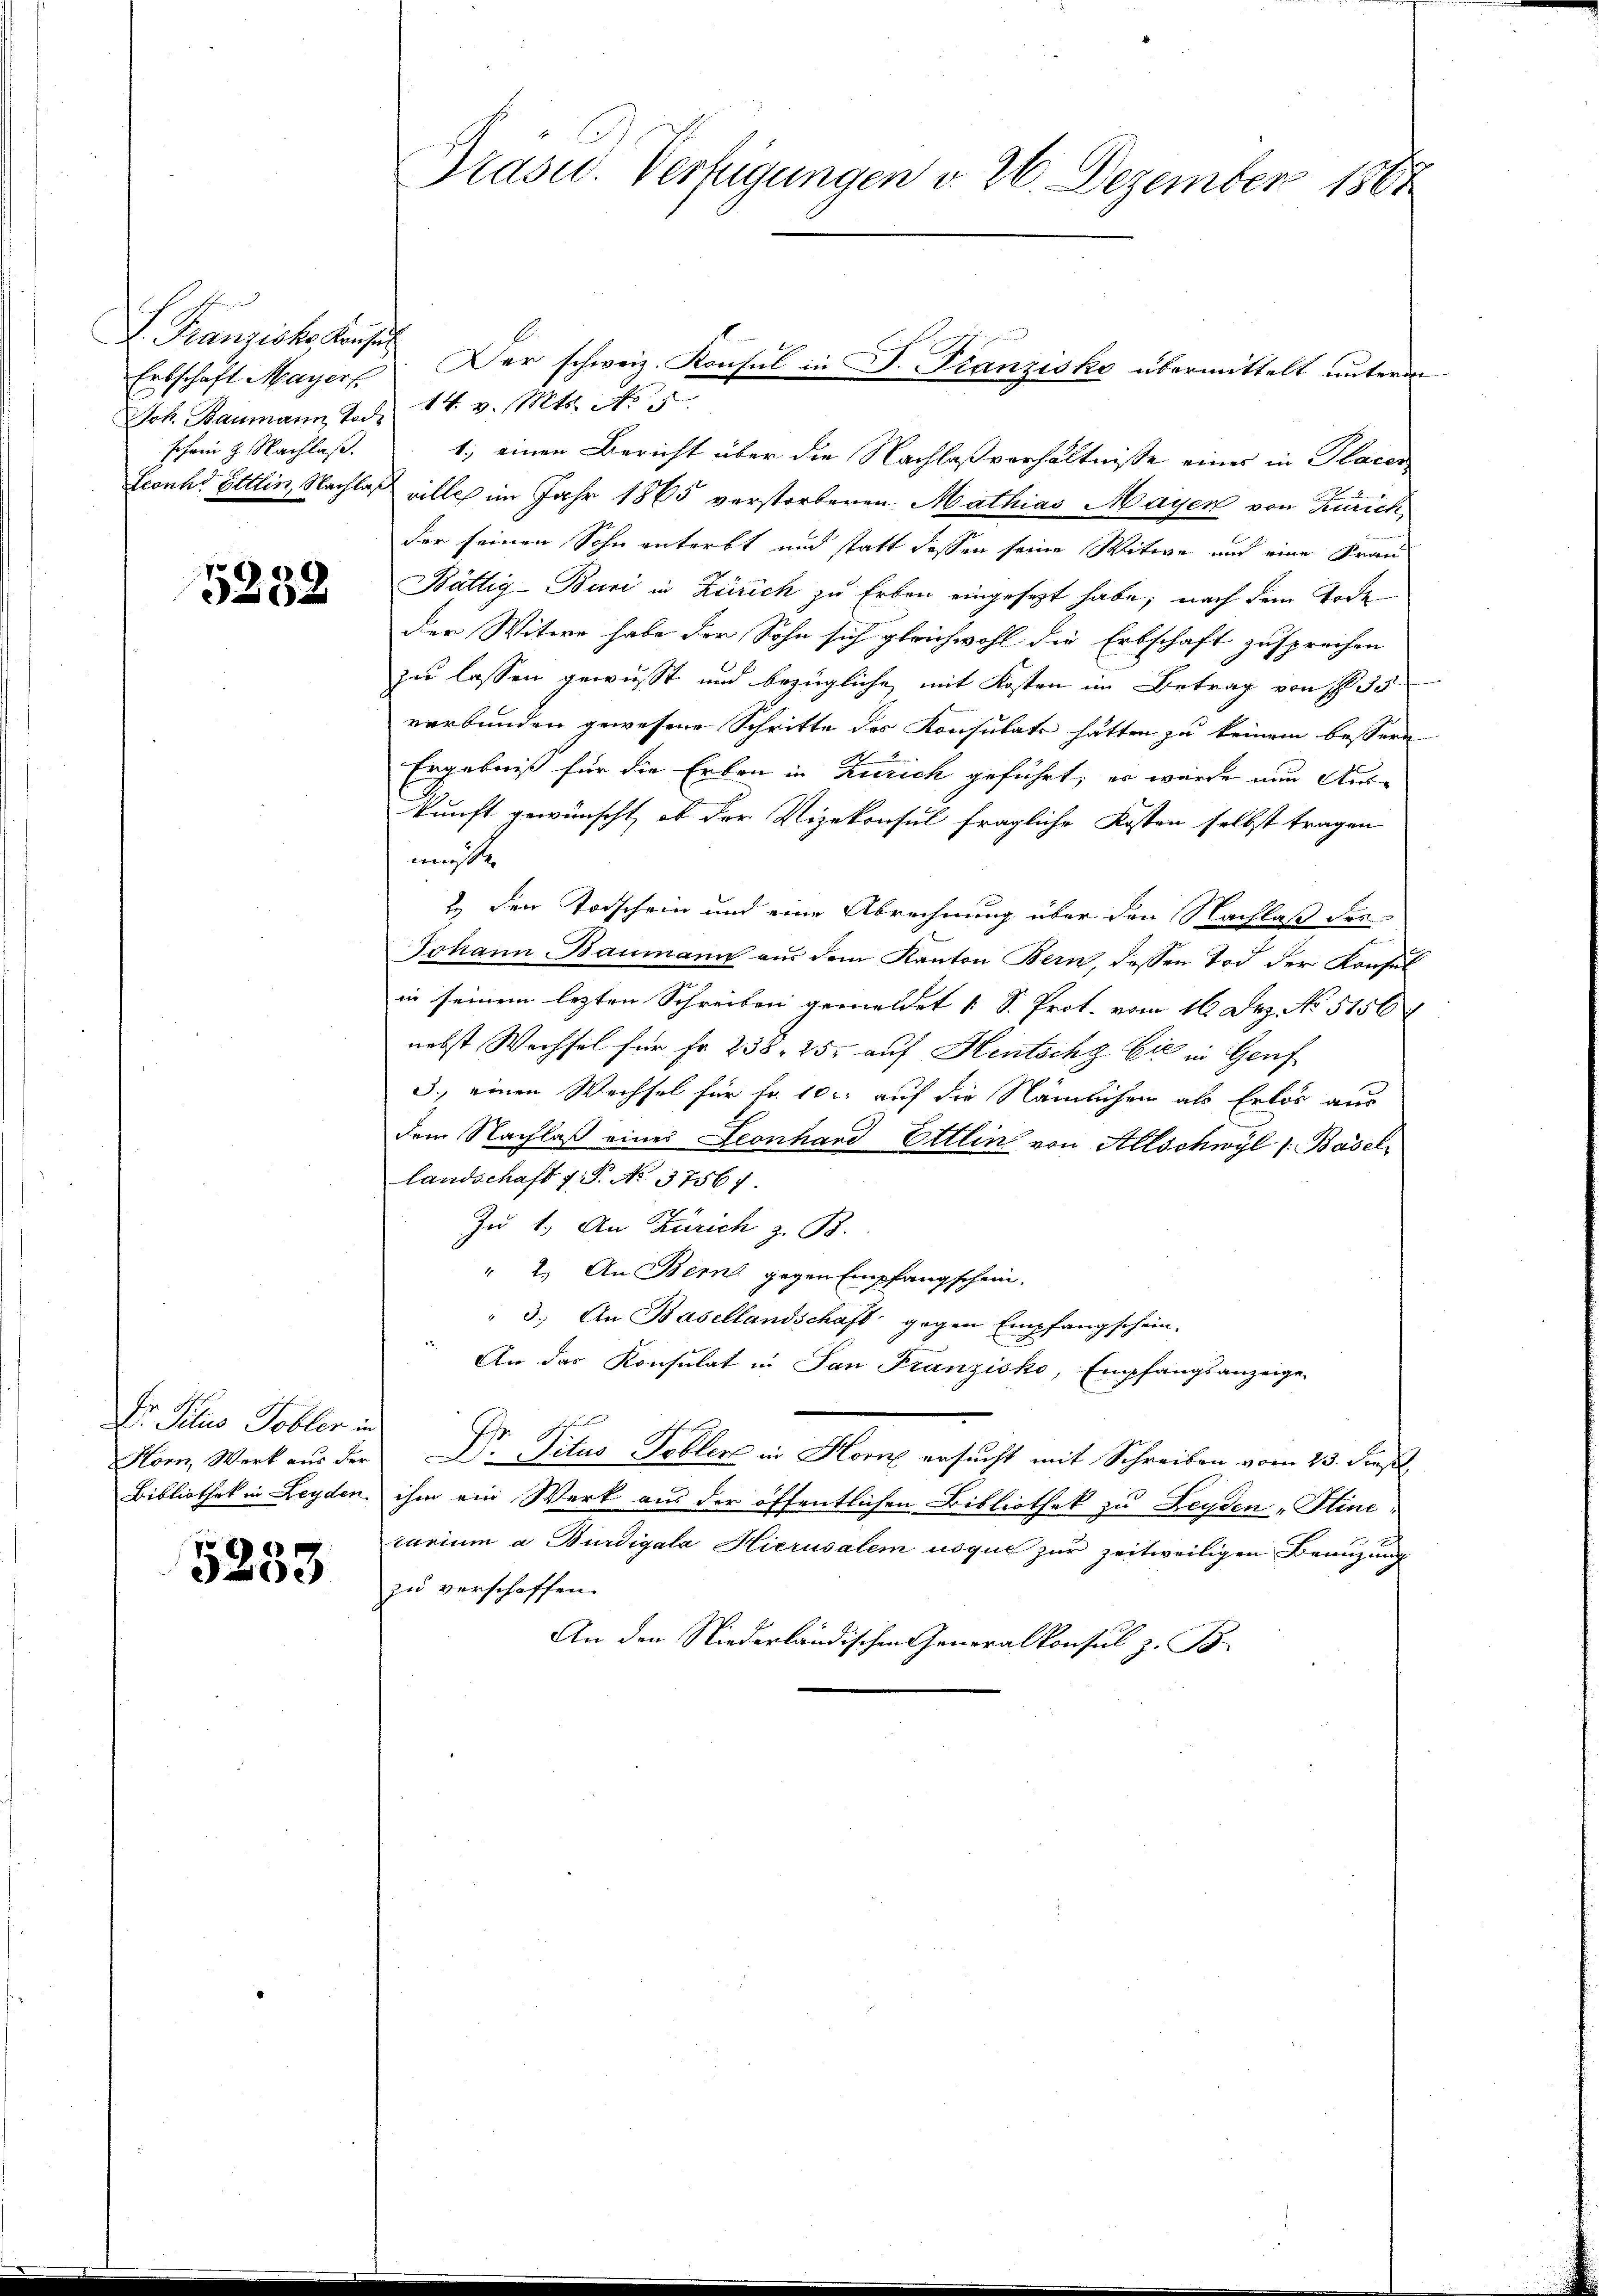
F. Franziska Konsen
Ertschaft Mayers
schein g. Nachlaß.

5232

Dr. Pilus Tobler in
Horn, Werk aus der
Bibliothek in Leyden

5253

Präsid. Verfügungen v. 26. Dezember 1867

Joh. Baumann Tod. 14. v. Mts. No 15
1.) einen Bericht über die Nachlaßverhältnisse eines in Placer
Fconhd Ettin, Nachlaß wille im Jahr 1865 verstorbenen Mathias Mayer von Kurich,
der seinen Sohn anterbt und statt dessen seine Witwe und eine Frau
Bättig-Buri in Zürich zu Erben eingesezt habe; nach dem Tode
der Witwe habe der Sohn sich gleichwohl die Erbschaft zusprechen
zu lassen gewusst und bezügliche mit Kosten im Betrag von § 35
verbunden gewesene Schritte des Konsulats hätten zu keinem bessere
Ergebniß für die Erben in Zürich geführt, er wurde nun Auskunft gewünscht, ob der Vizekonsul fragliche Kosten selbst tragen
m
E den Todschein und eine Abrechnung über den Nachlaß die
Johann Baumann aus dem Kanton Bern, dessen Tod der Konsul
in seinem lezten Schreiben gemeldet 1 S. Prot. vom 16 Dez. No 5156
nebst Wechsel für Fr. 238, 257 auf Hentschg Cie in Genf
3., einen Wechsel für Fr. 10 l. auf die Nämlichen als Erlös aus
dem Nachlaß eines Leonhard Ettlin von Allschwyl (Basel
Landschaft f. P. No. 37567.
Zu 1. An Zürich z. B.
" 2.) An Bern gegen Empfangschein.
" 3. An Basellandschaft gegen Empfangschein.
An das Konsulat in San Franzisko, Empfangsanzeige
Dr. Titus Tobler in Horne ersucht mit Schreiben vom 23. dieß
ihm ein Werk aus der öffentlichen Bibliothek zu Leyden „Stincarium a Burdigala Hierusalem usque zur zeitweiligen Beanzung
zu verschaffen.
An der Niederländischen Generalkonsul z. B.

Der schweiz. Konsul in D. Franzisko übermittelt unterm